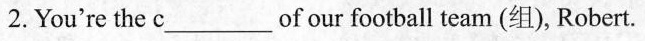
2.You're the c___of our football team (组), Robert.